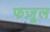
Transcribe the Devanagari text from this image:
फज़ूल